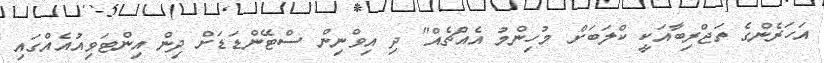
އަހަރެންގެ ތަޖްރިބާއަކީ ކްލަބަށް މުހިންމު އެއްޗެއް" ދި އިވްނިން ސްޓޭންޑަޑަށް ދިން އިންޓަވިއުއެއްގައި